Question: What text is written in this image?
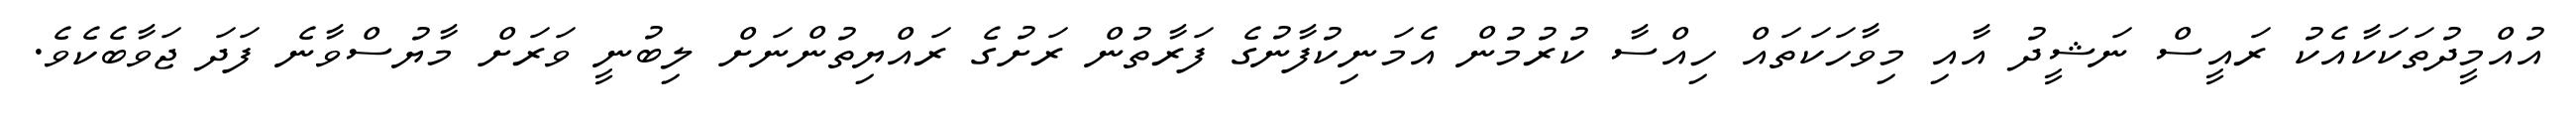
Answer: އުއްމީދުތަކަކާއެކު ރައީސް ނަޝީދު އާއި މިވާހަކަތައް ހިއްސާ ކުރުމުން އެމަނިކުފާނުގެ ފަރާތުން ރަށުގެ ރައްޔިތުންނަށް ލިބުނީ ވަރަށް މާޔުސްވާނެ ފަދަ ޖަވާބެކެވެ.